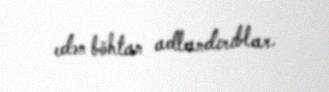
edən böhtan adlandırıblar.